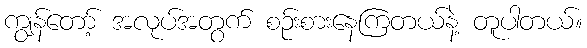
ကျွန်တော့် အလုပ်အတွက် စဉ်းစားနေကြတယ်နဲ့ တူပါတယ်။